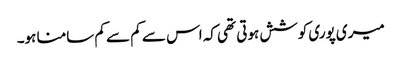
میری پوری کوشش ہوتی تھی کہ اس سے کم سے کم سامنا ہو۔